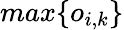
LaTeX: max\{ o_{i,k}\}